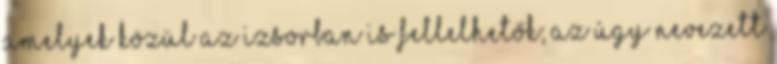
amelyek közül az izsorban is fellelhetők; az úgy nevezett